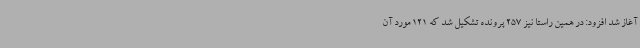
آغاز شد افزود: در همین راستا نیز 257 پرونده تشکیل شد که 121 مورد آن